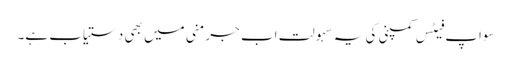
سواپ فیٹس کمپنی کی یہ سہولت اب جرمنی میں بھی دستیاب ہے۔